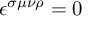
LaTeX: \epsilon ^ { \sigma \mu \nu \rho } = 0